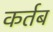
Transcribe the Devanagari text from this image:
कर्तब